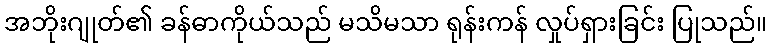
အဘိုးဂျုတ်၏ ခန်ဓာကိုယ်သည် မသိမသာ ရုန်းကန် လှုပ်ရှားခြင်း ပြုသည်။